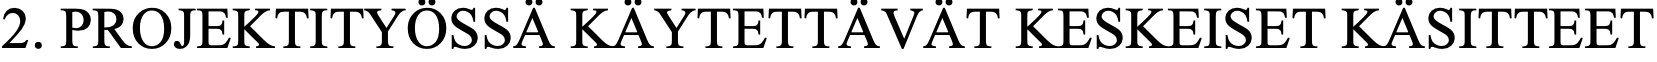
2. PROJEKTITYÖSSÄ KÄYTETTÄVÄT    KESKEISET  KÄSITTEET